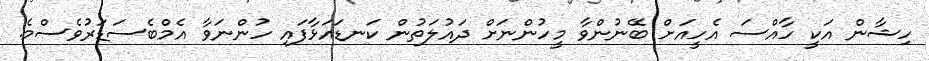
ހިޝާން އަކީ ހާއްސަ އެހީއަށް ބޭނުންވާ މީހުންނަށް ދައުލަތުން ކަނޑައަޅާފައި ހުންނަވާ އެމްބެސަޑަރުވެސްމެ.